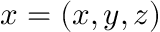
\boldsymbol { x } = \left( { x , y , z } \right)